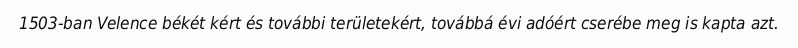
1503-ban Velence békét kért és további területekért, továbbá évi adóért cserébe meg is kapta azt.